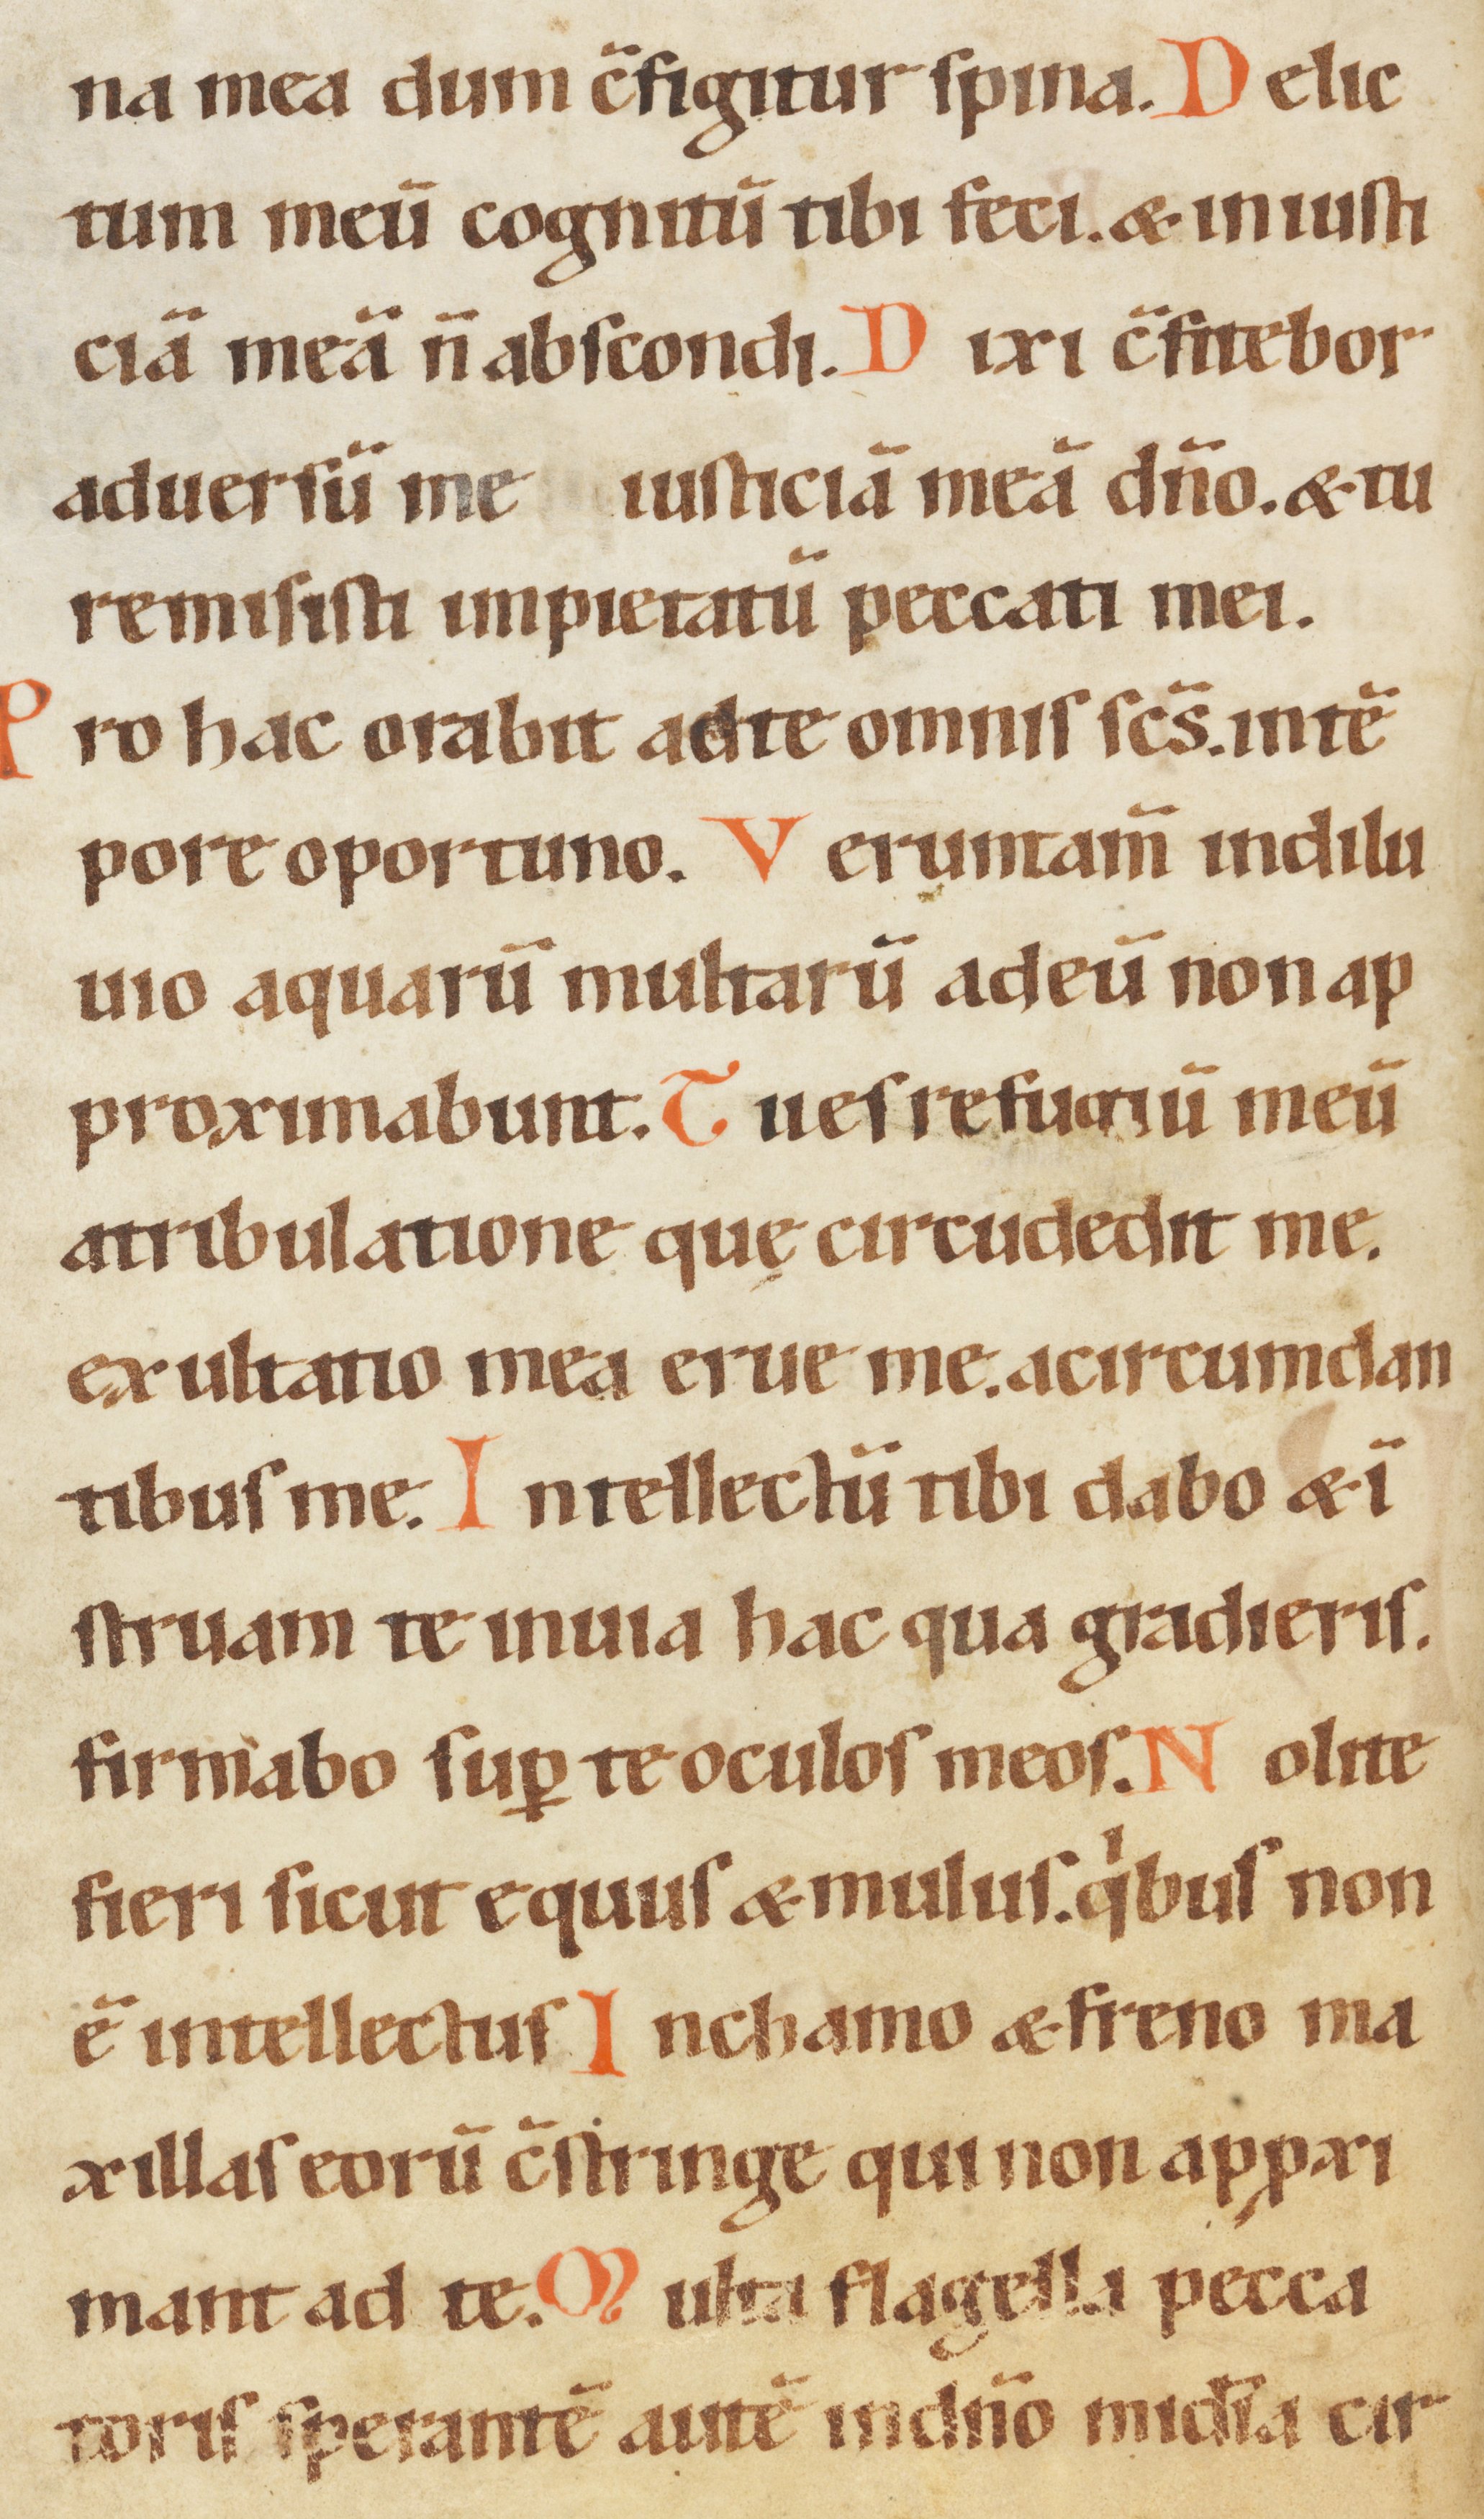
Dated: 1100–1199